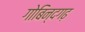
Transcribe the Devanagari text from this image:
गोबिन्दगढ़